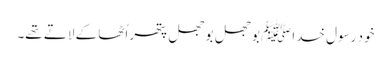
خود رسول خداﷺ بوجھل بوجھل پتھر اُٹھا کے لاتے تھے۔